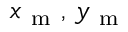
x _ { \mathrm { ~ m ~ } } , \, y _ { \mathrm { ~ m ~ } }